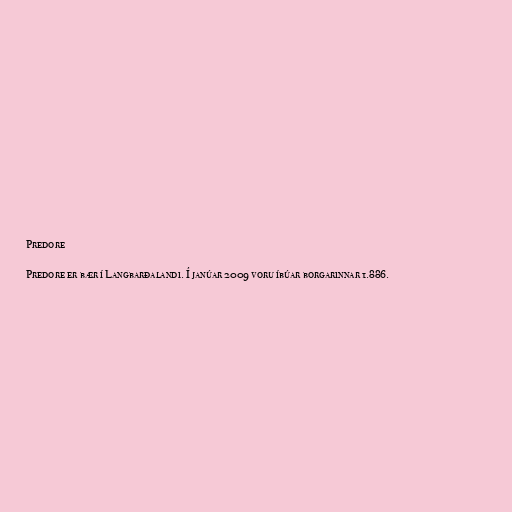
Predore

Predore er bær í Langbarðalandi. Í janúar 2009 voru íbúar borgarinnar 1.886.